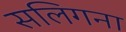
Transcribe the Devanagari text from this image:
सलिगना